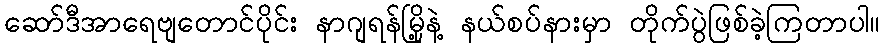
ဆော်ဒီအာရေဗျတောင်ပိုင်း နာဂျရန်မြို့နဲ့ နယ်စပ်နားမှာ တိုက်ပွဲဖြစ်ခဲ့ကြတာပါ။